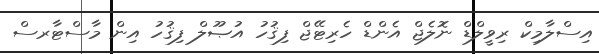
އިސްލާމިކް ރިވީލްޑް ނޮލެޖް އެންޑް ހެރިޓޭޖް ފިޤުހު އުޞޫލް ފިޤުހު އިން މާސްޓާރސް